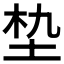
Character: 𮰝